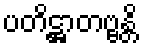
ပတိဋ္ဌာတဗ္ဗန္တိ